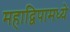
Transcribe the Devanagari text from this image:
महाद्विपामध्ये